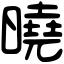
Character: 曉